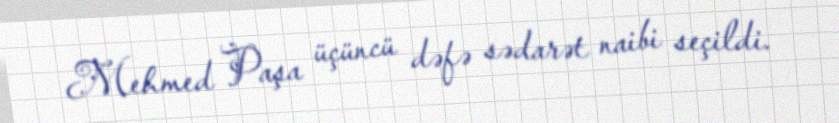
Mehmed Paşa üçüncü dəfə sədarət naibi seçildi.